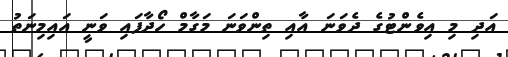
އަދި މި އިވެންޓުގެ ދެވަނަ އާއި ތިންވަނަ މަގާމް ހޯދާފައި ވަނީ އައިމިނަތު